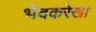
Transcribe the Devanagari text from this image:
भेदकरेखा